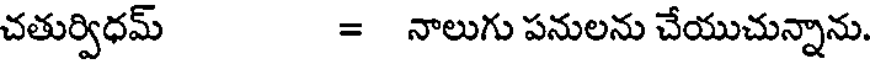
చతుర్విధమ్ = నాలుగు పనులను చేయుచున్నాను.